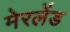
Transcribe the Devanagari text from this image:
मेरलेंड